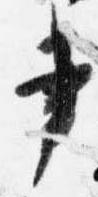
書